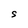
Character: S